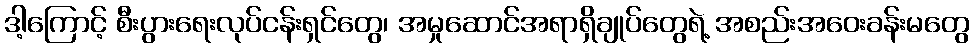
ဒါ့ကြောင့် စီးပွားရေးလုပ်ငန်းရှင်တွေ၊ အမှုဆောင်အရာရှိချုပ်တွေရဲ့ အစည်းအဝေးခန်းမတွေ